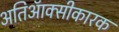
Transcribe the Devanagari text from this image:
अतिऑक्सीकारक